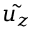
\Tilde { u _ { z } }